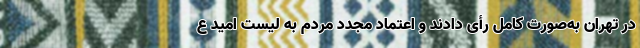
در تهران به‌صورت کامل رأی دادند و اعتماد مجدد مردم به لیست امید ع